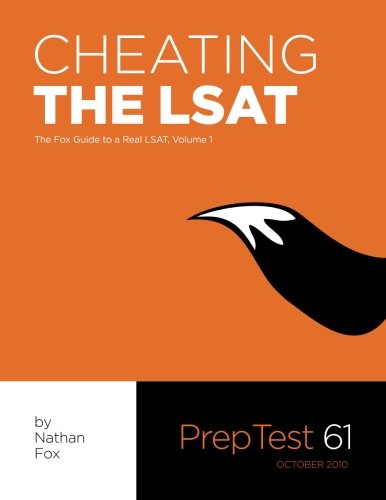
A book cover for Cheating The LSAT: The Fox Test Prep Guide to a Real LSAT, Volume 1; Nathan Fox; Test Preparation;